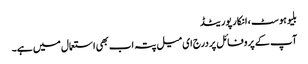
بلیوہوسٹ ، انکارپوریٹڈ
آپ کے پروفائل پر درج ای میل پتہ اب بھی استعمال میں ہے۔